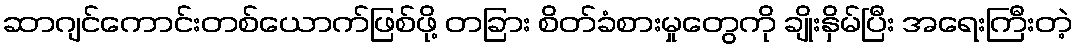
ဆာဂျင်ကောင်းတစ်ယောက်ဖြစ်ဖို့ တခြား စိတ်ခံစားမှုတွေကို ချိုးနှိမ်ပြီး အရေးကြီးတဲ့